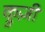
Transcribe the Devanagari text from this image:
क्रुज़ी